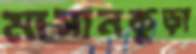
মাসানকুড়া